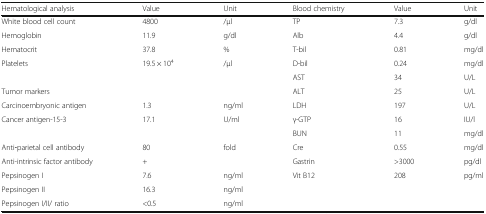
<table><thead><tr><td><b>Hematological analysis</b></td><td><b>Value</b></td><td><b>Unit</b></td><td><b>Blood chemistry</b></td><td><b>Value</b></td><td><b>Unit</b></td></tr></thead><tbody><tr><td>White blood cell count</td><td>4800</td><td>/μl</td><td>TP</td><td>7.3</td><td>g/dl</td></tr><tr><td>Hemoglobin</td><td>11.9</td><td>g/dl</td><td>Alb</td><td>4.4</td><td>g/dl</td></tr><tr><td>Hematocrit</td><td>37.8</td><td>%</td><td>T-bil</td><td>0.81</td><td>mg/dl</td></tr><tr><td>Platelets</td><td>19.5 × 10<sup>4</sup></td><td>/μl</td><td>D-bil</td><td>0.24</td><td>mg/dl</td></tr><tr><td></td><td></td><td></td><td>AST</td><td>34</td><td>U/L</td></tr><tr><td>Tumor markers</td><td></td><td></td><td>ALT</td><td>25</td><td>U/L</td></tr><tr><td>Carcinoembryonic antigen</td><td>1.3</td><td>ng/ml</td><td>LDH</td><td>197</td><td>U/L</td></tr><tr><td>Cancer antigen-15-3</td><td>17.1</td><td>U/ml</td><td>γ-GTP</td><td>16</td><td>IU/l</td></tr><tr><td></td><td></td><td></td><td>BUN</td><td>11</td><td>mg/dl</td></tr><tr><td>Anti‐parietal cell antibody</td><td>80</td><td>fold</td><td>Cre</td><td>0.55</td><td>mg/dl</td></tr><tr><td>Anti-intrinsic factor antibody</td><td>+</td><td></td><td>Gastrin</td><td>&gt;3000</td><td>pg/dl</td></tr><tr><td>Pepsinogen I</td><td>7.6</td><td>ng/ml</td><td>Vit B12</td><td>208</td><td>pg/ml</td></tr><tr><td>Pepsinogen II</td><td>16.3</td><td>ng/ml</td><td></td><td></td><td></td></tr><tr><td>Pepsinogen I/II/ ratio</td><td>&lt;0.5</td><td>ng/ml</td><td></td><td></td><td></td></tr></tbody></table>